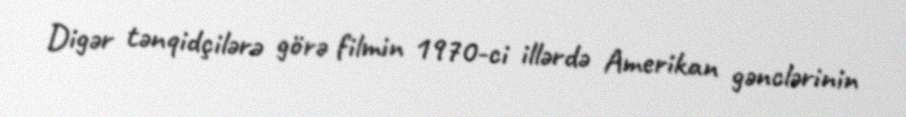
Digər tənqidçilərə görə filmin 1970-ci illərdə Amerikan gənclərinin